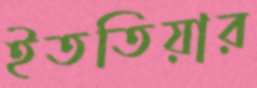
ইততিয়ার